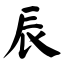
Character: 辰